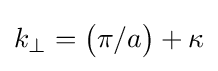
k_{\perp }={\bigl (}\pi /a{\bigr )}+\kappa